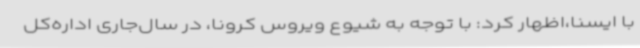
با ایسنا،اظهار کرد: با توجه به شیوع ویروس کرونا، در سال‌جاری اداره‌کل